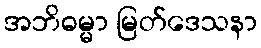
အဘိဓမ္မာ မြတ်ဒေသနာ